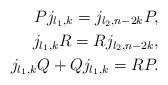
LaTeX: \begin{align*} Pj_{l_1,k}=j_{l_2,n-2k}P, \\j_{l_1,k}R=Rj_{l_2,n-2k}, \\j_{l_1,k}Q+Qj_{l_1,k}=RP. \end{align*}